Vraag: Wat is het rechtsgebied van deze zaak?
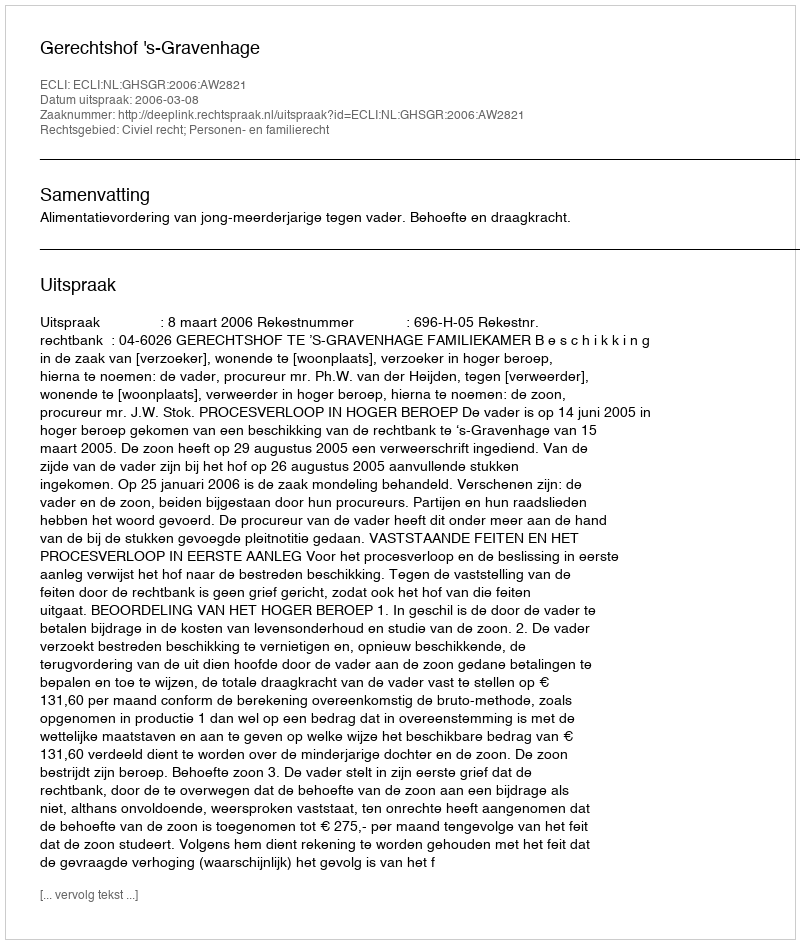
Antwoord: Civiel recht; Personen- en familierecht